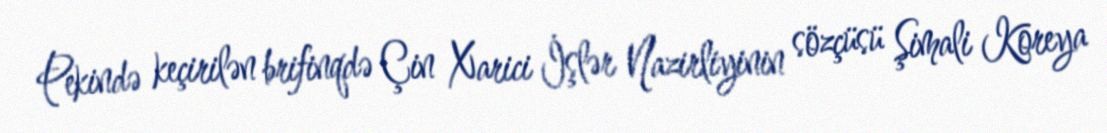
Pekində keçirilən brifinqdə Çin Xarici İşlər Nazirliyinin sözçüsü Şimali Koreya